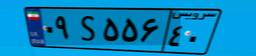
۶۰S۷۶۶۳۹